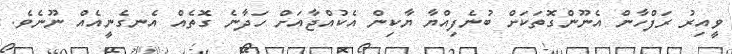
ވީއިރު ރަފްހާން އެނޫންގޮތަކަށް ބުނެފިއްޔާ ޔާކިން އެކުއްޖާއަށް ހަދާނެ ގޮތެއް އެނގެނީއެއް ނޫނެވެ.